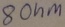
Text: 8Ohm